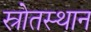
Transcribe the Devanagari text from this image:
स्रोतस्थान